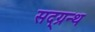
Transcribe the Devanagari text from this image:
सद्ग्रन्थ